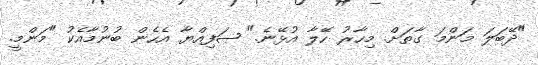
"ދޭބަލަ މަންމަ ގާތަށް. މިހާރު ހޭލާ އުޅޭނެ." ޞަފިއްޔާ އެހެން ބުނުމާއެކު "މަންމީ.